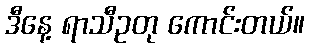
ဒီနေ့ ရာသီဥတု ကောင်းတယ်။